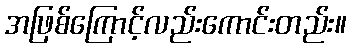
အဖြစ်ကြောင့်လည်းကောင်းတည်း။